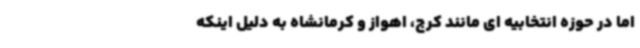
اما در حوزه انتخابیه ای مانند کرج، اهواز و کرمانشاه به دلیل اینکه